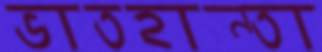
ভাতহান্তা